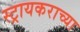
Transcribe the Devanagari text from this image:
स्ट्रायकराच्या